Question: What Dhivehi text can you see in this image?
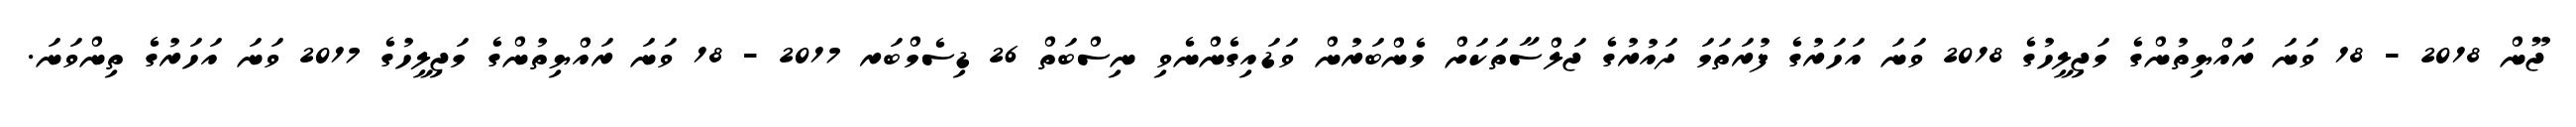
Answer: ޖޫން 2018 - 18 ވަނަ ރައްޔިތުންގެ މަޖިލީހުގެ 2018 ވަނަ އަހަރުގެ ފުރަތަމަ ދައުރުގެ ޖަލްސާތަކަށް މެންބަރުން ވަޑައިގެންނެވި ނިސްބަތް 26 ޑިސެމްބަރ 2017 - 18 ވަނަ ރައްޔިތުންގެ މަޖިލީހުގެ 2017 ވަނަ އަހަރުގެ ތިންވަނަ.